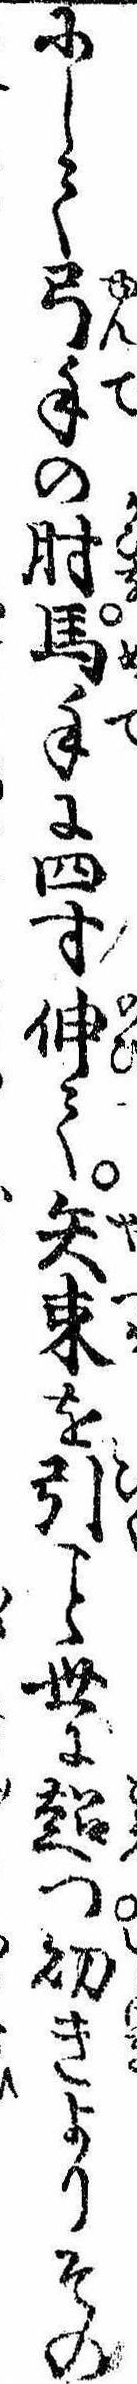
にして弓手の肘馬手に四寸伸て矢束を引世に超つ幼きよりその